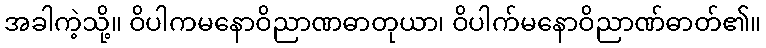
အခါကဲ့သို့။ ဝိပါကမနောဝိညာဏဓာတုယာ၊ ဝိပါက်မနောဝိညာဏ်ဓာတ်၏။